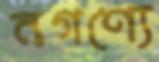
নগণ্যে